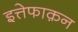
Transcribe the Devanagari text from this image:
इत्तेफाक़न